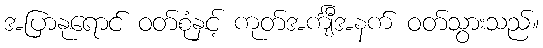
အပြာနုရောင် ဝတ်စုံနှင့် ကုတ်အင်္ကျီအနက် ဝတ်သွားသည်။